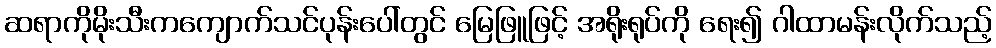
ဆရာကိုမိုးသီးကကျောက်သင်ပုန်းပေါ်တွင် မြေဖြူဖြင့် အရိုးရုပ်ကို ရေး၍ ဂါထာမန်းလိုက်သည့်